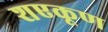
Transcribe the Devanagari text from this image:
शएकूण